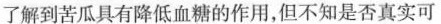
了解到苦瓜具有降低血糖的作用，但不知是否真实可